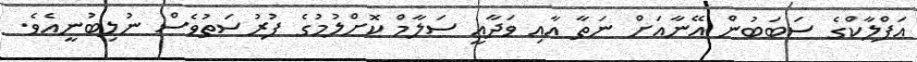
އަފްލާކްގެ ސަބަބުން އޭނާއަށް ނަތާ އާއި ވަދާޢީ ސަލާމް ކޮށްލުމުގެ ފުރުސަތުވެސް ނުލިބުނީއެވެ.